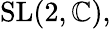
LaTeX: {\mathrm{SL}}(2,\mathbb{C}),